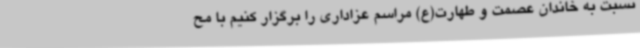
نسبت به خاندان عصمت و طهارت(ع) مراسم عزاداری را برگزار کنیم با مح